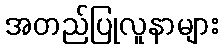
အတည်ပြုလူနာများ